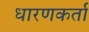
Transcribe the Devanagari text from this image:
धारणकर्ता